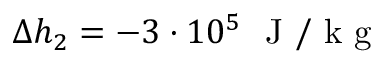
\Delta h _ { 2 } = - 3 \cdot 1 0 ^ { 5 } ~ \mathrm { ~ J ~ / ~ k ~ g ~ }